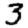
Digit: 3